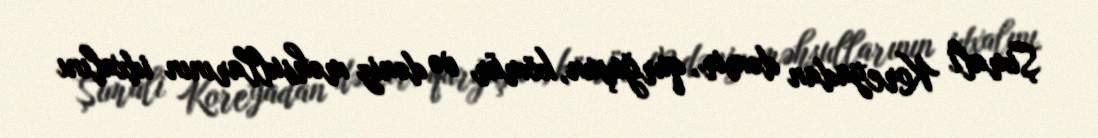
Şimali Koreyadan dəmir, qurğuşun, kömür və dəniz məhsullarının idxalını